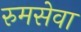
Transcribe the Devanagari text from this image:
रुमसेवा